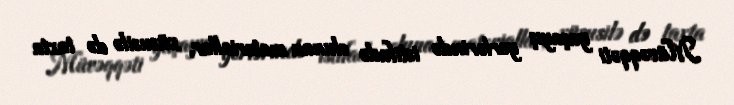
Müvəqqəti yaşayış yerlərində istifadə olunan materiallar, xüsusilə də taxta